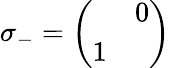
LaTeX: \sigma_{-}=\left(\begin{array}{cc}{{}}&{{0}}\\ {{1}}&{{}}\end{array}\right)